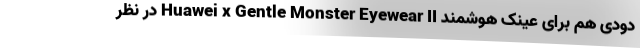
دودی هم برای عینک هوشمند Huawei x Gentle Monster Eyewear II در نظر